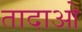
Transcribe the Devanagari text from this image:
तादाओ